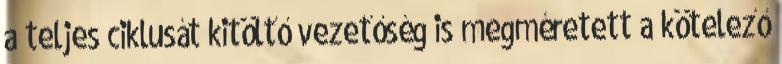
a teljes ciklusát kitöltő vezetőség is megméretett a kötelező